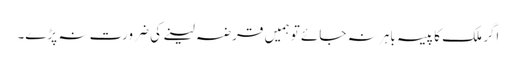
اگر ملک کا پیسہ باہر نہ جائے تو ہمیں قرضہ لینے کی ضرورت نہ پڑے۔